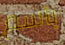
باسم